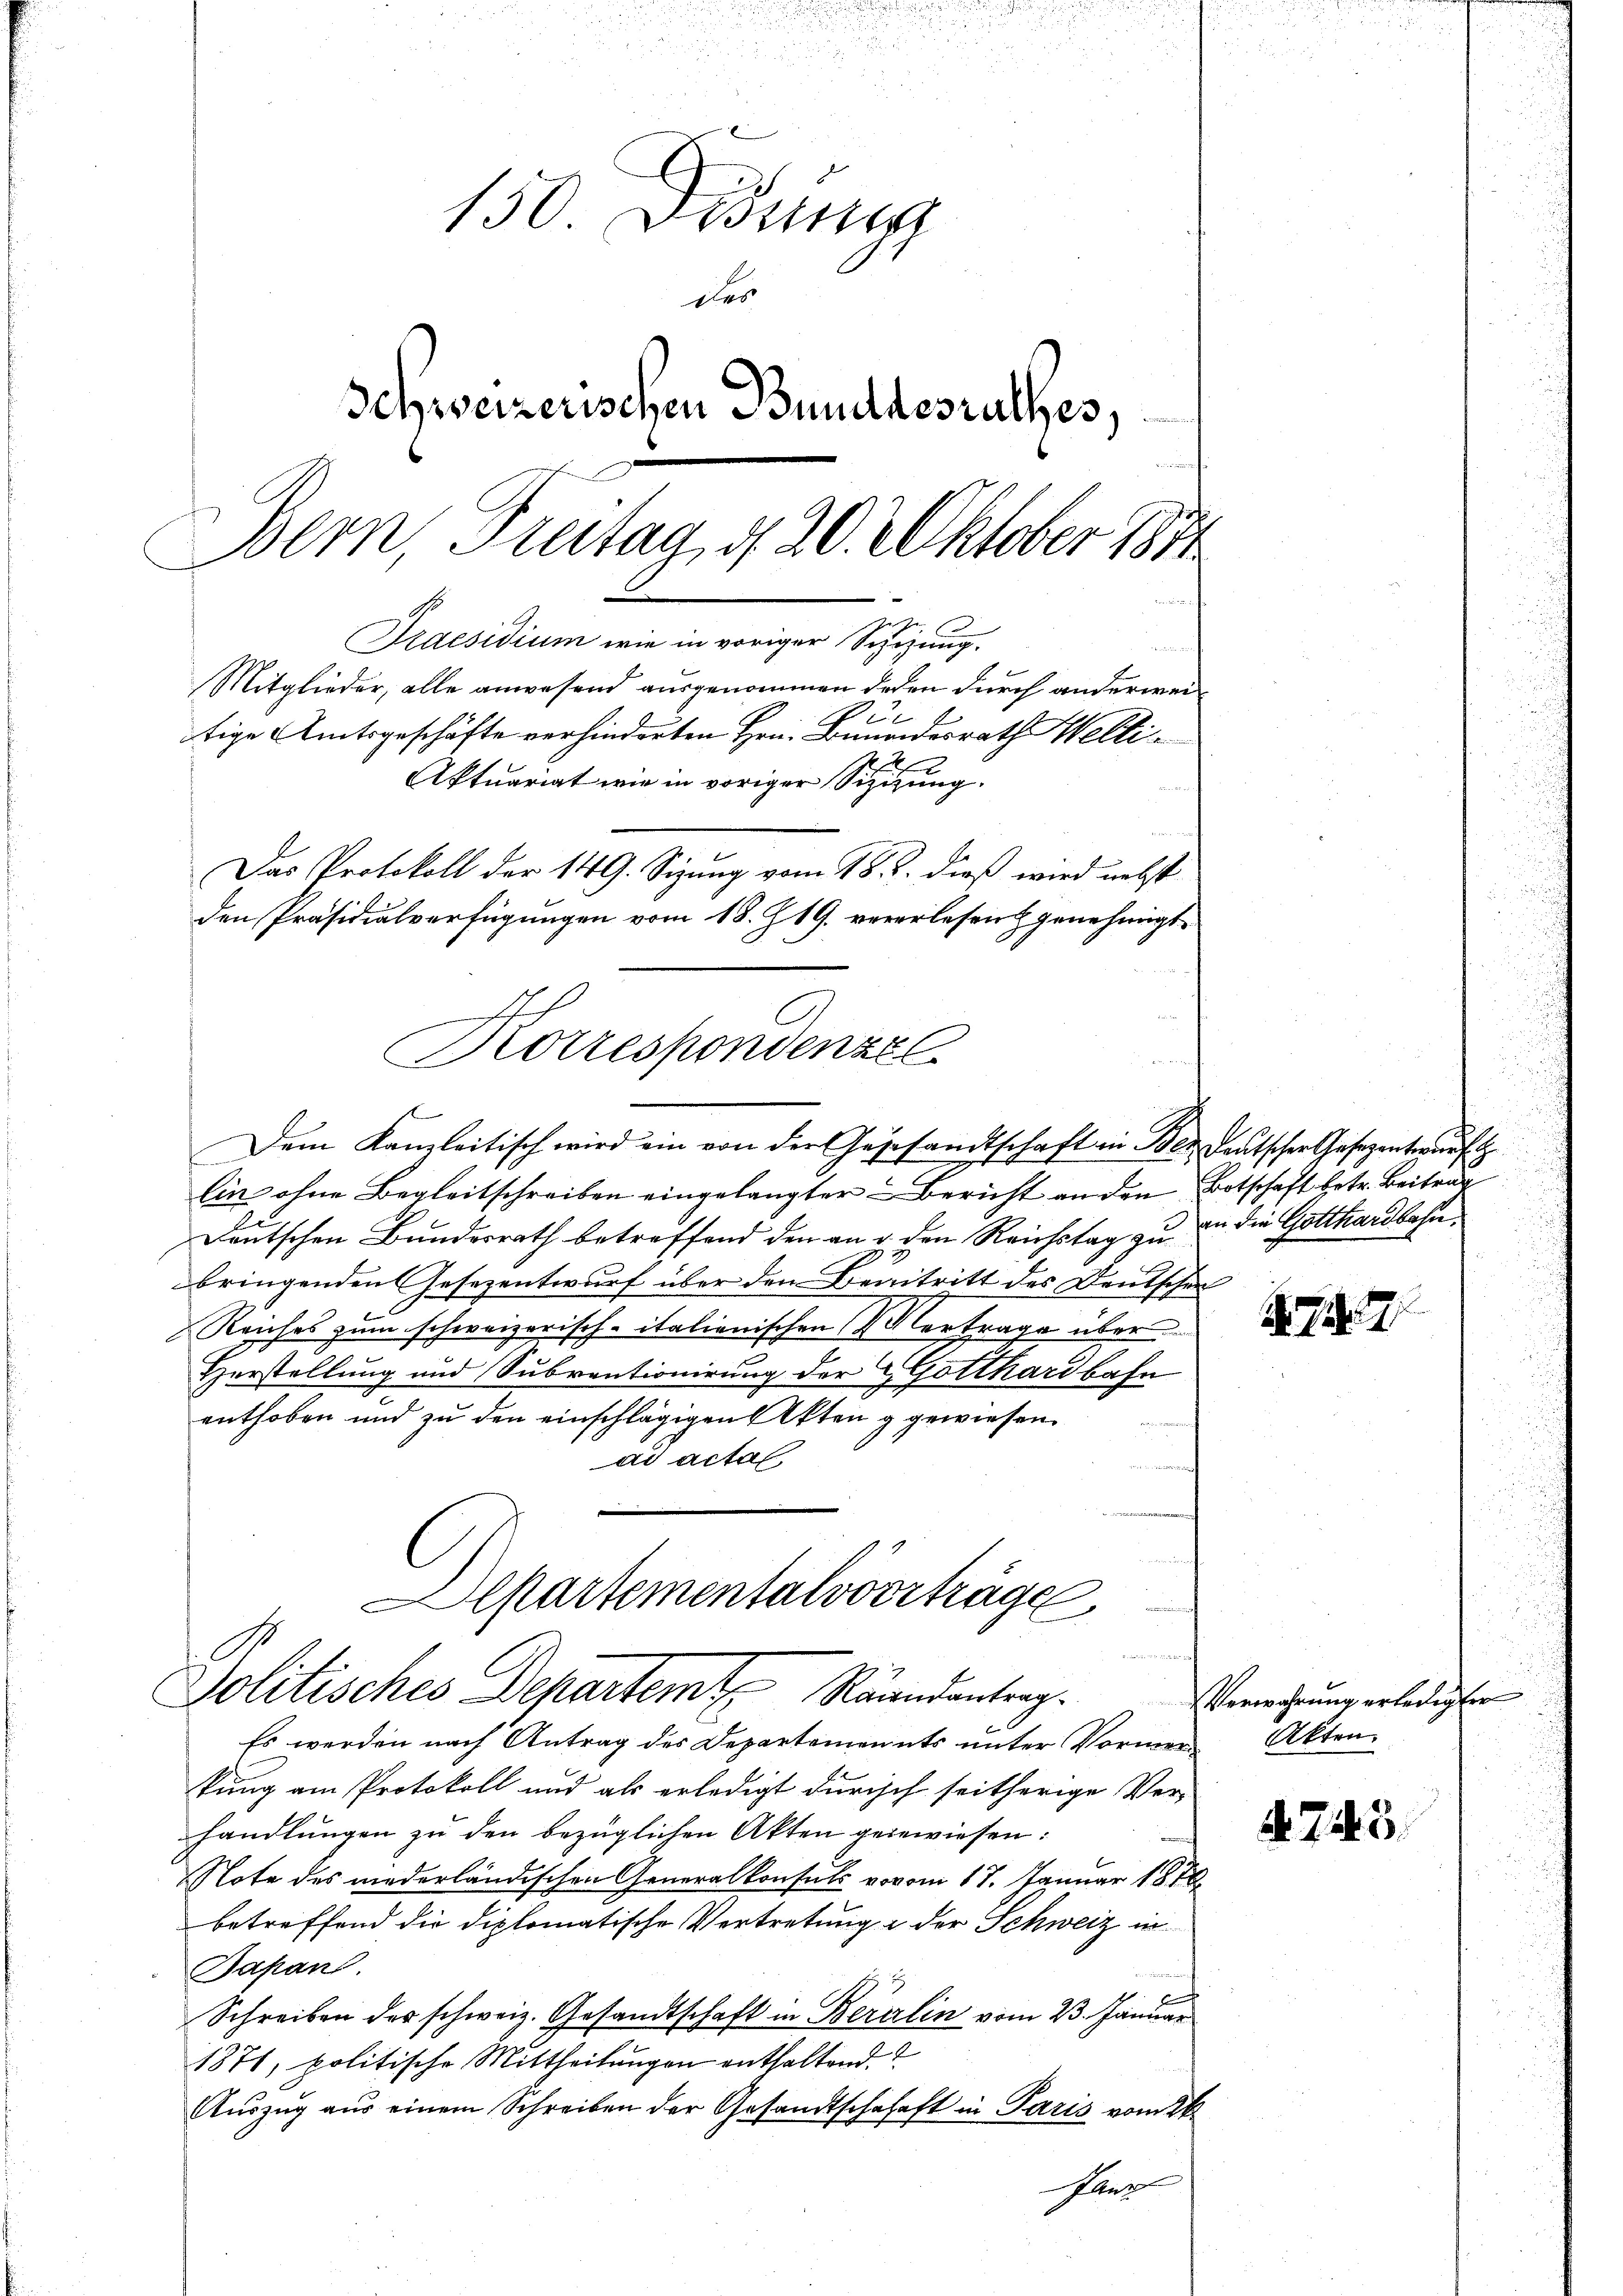
150 Didung
des
Schweizerischen Bundesrathes,
Bern, Freitag, d. 20. Oktober 1891
Nr. 10
Praesidium wie in voriger Schazung.
Mitglieder, alle anwesend ausgenommen jeden durch anderwei¬
2
tige Amtsgeschäfte verhinderten Hrn. Benandesrath Welti¬
.
Aktuariat wie in voriger Sizizung.
Das Protokoll der 149. Sizung vom 18. d. dieß wird nebst
den Präsidialverfügungen vom 18. J 19. vererlesen & genehmigt.

Korrespondenzel

Dem Kanzleitisch wird ein von der Gegesandtschaft in Bez deutschen Gesezentwurf
lin ohne Begleitschreiben eingelangter Bericht an den Botschaft betr. Beitrag
Deutschen Bundesrath betreffend den an u. den Reichstag zu in die Gotthardbahn
bringenden Gesezentwurf über den Beantritt des Deutscher
Reiches zum schweizerisch-italienischen Vertrage über
Herstellung und Subventionirung der Gotthardbahn
enthoben und zu den einschlägigen Akten g gewiesen.
ad actal

Es werden nach Antrag des Departements unter Vormerkung am Protokoll und als erledigt durch seitherige Ver-
handlungen zu den bezüglichen Akten gegewiesen:
Note des niederländischen Generalkonsuls vovom 17. Januar 1878
betreffend die diplomatische Vertretung in der Schweiz in
Japanl.
x
Schreiben der schweiz. Gesandtschaft in Beralin vom 23. Januar
1871, politische Mittheilungen enthaltend.
Aŭszŭg aŭs einem Schreiben der Gesandtschehaft in Paris vom 26.
Jan

Alpartementalvoorträge.
Politisches Departemt Raandantrag¬

.

Verwahrung erledigter
Akten.

§ 745.